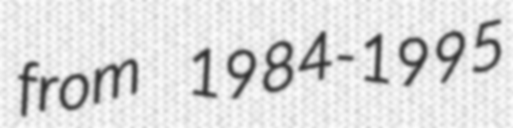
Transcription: from 1984-1995